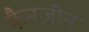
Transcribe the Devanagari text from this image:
फैनज़ीन